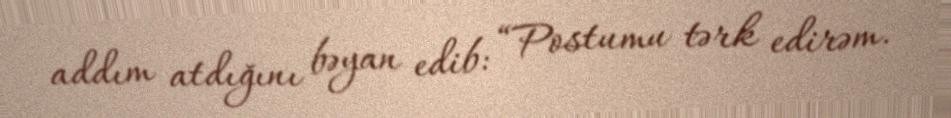
addım atdığını bəyan edib: “Postumu tərk edirəm.